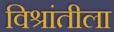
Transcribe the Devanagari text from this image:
विश्रांतीला